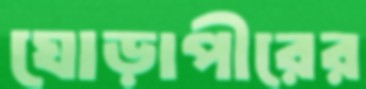
ঘোড়াপীরের